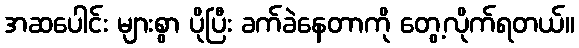
အဆပေါင်း များစွာ ပိုပြီး ခက်ခဲနေတာကို တွေ့လိုက်ရတယ်။